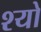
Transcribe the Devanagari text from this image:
श्यो